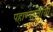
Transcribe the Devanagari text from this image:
पहाण्याजोगा